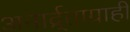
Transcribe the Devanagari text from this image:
अनार्द्र्ताग्राही